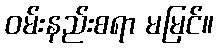
ဝမ်းနည်းစရာ မမြင်။